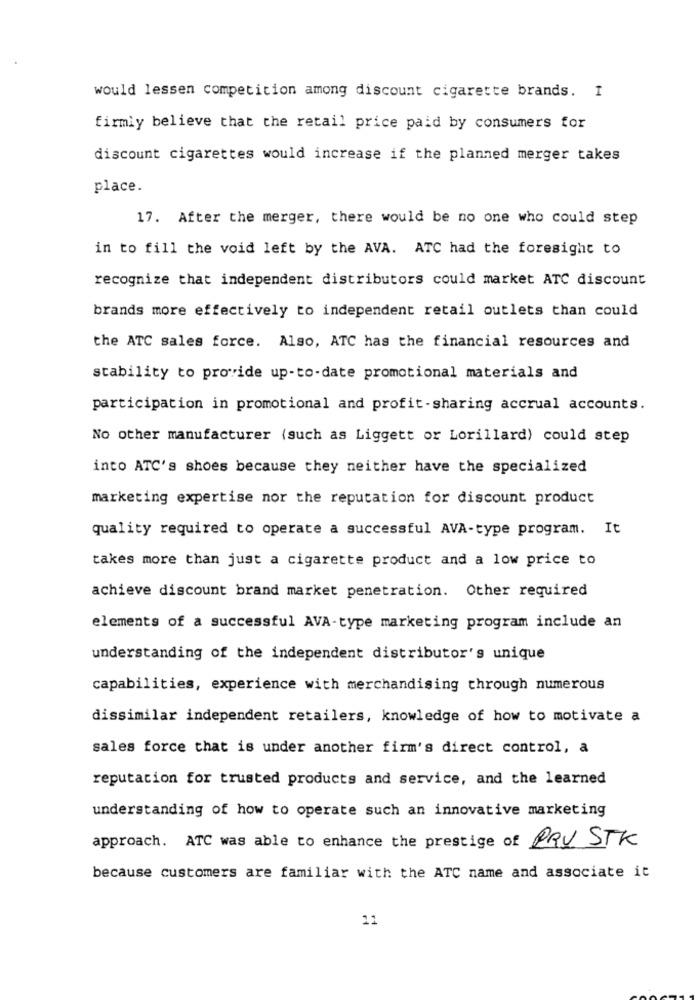
would lessen competition among discount cigarette brands. I
firmly believe that the retail price paid by consumers for
discount cigarettes would increase if the planned merger takes
place.
17. After the merger, there would be no one who could step
in to fill the void left by the AVA. ATC had the foresight to
recognize that independent distributors could market ATC discount
brands more effectively to independent retail outlets than could
the ATC sales force. Also, ATC has the financial resources and
stability to provide up-to-date promotional materials and
participation in promotional and profit-sharing accrual accounts.
No other manufacturer (such as Liggett or Lorillard) could step
into ATC's shoes because they neither have the specialized
marketing expertise nor the reputation for discount product
quality required to operate a successful AVA-type program. It
takes more than just a cigarette product and a low price to
achieve discount brand market penetration. Other required
elements of a successful AVA-type marketing program include an
understanding of the independent distributor's unique
capabilities, experience with merchandising through numerous
dissimilar independent retailers, knowledge of how to motivate a
sales force that is under another firm's direct control, a
reputation for trusted products and service, and the learned
understanding of how to operate such an innovative marketing
approach. ATC was able to enhance the prestige of PRY STK
because customers are familiar with the ATC name and associate it
11